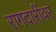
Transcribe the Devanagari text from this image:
रागदारींवर